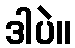
ဒါပဲ။